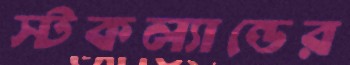
স্টকল্যান্ডের